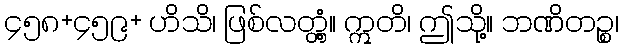
၄၅၈+၄၅၉+ ဟိသိ၊ ဖြစ်လတ္တံ့။ ဣတိ၊ ဤသို့။ ဘဏိတဉ္စ၊